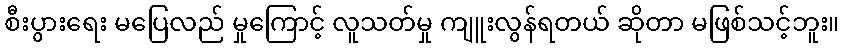
စီးပွားရေး မပြေလည် မှုကြောင့် လူသတ်မှု ကျူးလွန်ရတယ် ဆိုတာ မဖြစ်သင့်ဘူး။